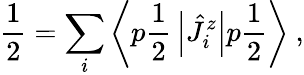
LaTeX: {\frac{1}{2}}=\sum_{i}\left\langle p{\frac{1}{2}}\left|\hat{J}_{i}^{z}\right|p{\frac{1}{2}}\right\rangle\ ,